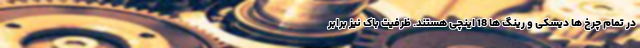
در تمام چرخ ها دیسکی و رینگ ها 18 اینچی هستند. ظرفیت باک نیز برابر